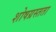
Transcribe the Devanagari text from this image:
शोषग्रस्तता